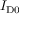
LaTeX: I _ { \mathrm { D 0 } }